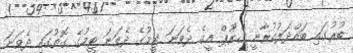
ބުރުގައި ބައްދަލުކުރާނީ ގްރޫޕް އީގެ ދެވަނަ ޓީމުގެ ދެވަނަ ޓީމުގެ ގޮތުގައި ދެވަނަ